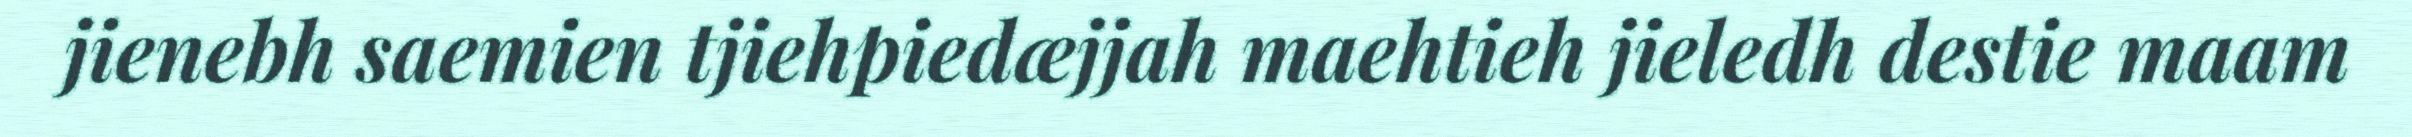
jienebh saemien tjiehpiedæjjah maehtieh jieledh destie maam